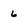
Character: 6